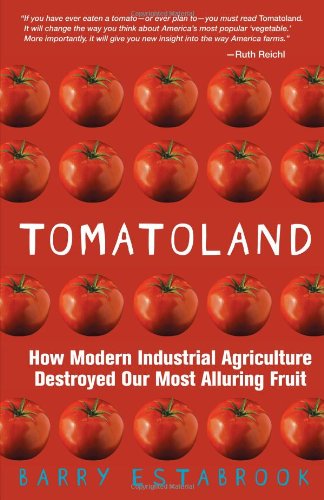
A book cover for Tomatoland: How Modern Industrial Agriculture Destroyed Our Most Alluring Fruit; Barry Estabrook; Cookbooks, Food & Wine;